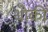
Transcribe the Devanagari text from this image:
थोकी